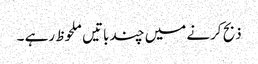
ذبح کرنے میں چند باتیں ملحوظ رہے ۔